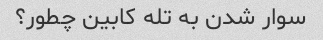
سوار شدن به تله کابین چطور؟